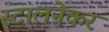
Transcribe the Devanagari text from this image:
स्टालनेकर